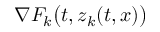
\nabla F _ { k } \big ( t , z _ { k } ( t , x ) \big )